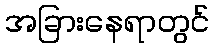
အခြားနေရာတွင်